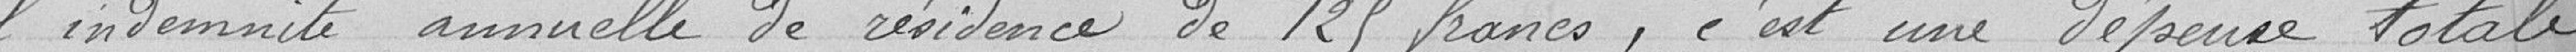
l'indemnité annuelle de résidence de 125 francs, c'est une dépense totale